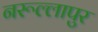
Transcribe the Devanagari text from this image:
नरूल्लापुर